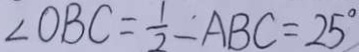
\angle O B C = \frac { 1 } { 2 } - A B C = 2 5 ^ { \circ }